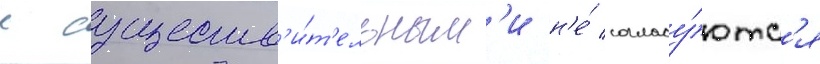
с существ'и́т'ельным'и н'е́ согласу́ютс'я